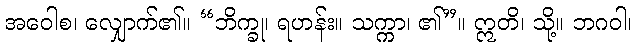
အဝေါစ၊ လျှောက်၏။ “ဘိက္ခု၊ ရဟန်း။ သက္ကာ၊ ၏”။ ဣတိ၊ သို့။ ဘဂဝါ၊